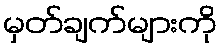
မှတ်ချက်များကို